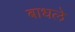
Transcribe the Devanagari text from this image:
बाधले